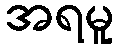
အရမူ